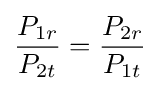
{\frac {P_{1r}}{P_{2t}}}={\frac {P_{2r}}{P_{1t}}}